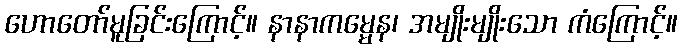
ဟောတော်မူခြင်းကြောင့်။ နာနာကမ္မေန၊ အမျိုးမျိုးသော ကံကြောင့်။